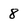
Character: 8